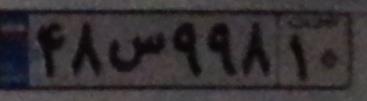
۴۸س۹۹۸۱۰